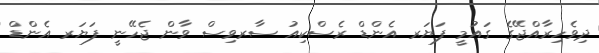
ދިވެހިރާއްޖޭގެ ގައުމީ ފަޔަރ އެންޑް ރެސްކިއު ސާރވިސް ވާން ޖެހޭނީ ފަޔަރ އެންޑް